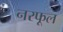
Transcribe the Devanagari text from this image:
नरफूल